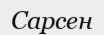
Сарсен